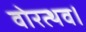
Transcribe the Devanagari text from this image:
वोरत्थव।